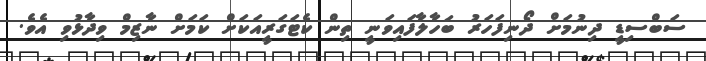
ސަބްސިޑީ ދިނުމަށް ދޯނިފަހަރު ބަހާލާފައިވަނީ ތިން ކެޓަގަރީއަކަށް ކަމަށް ނާޒިމް ވިދާޅުވި އެވެ.